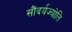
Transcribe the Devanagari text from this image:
सौंदर्यज्योति